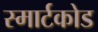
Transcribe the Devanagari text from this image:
स्मार्टकोड